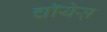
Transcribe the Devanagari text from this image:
चॉयेस़